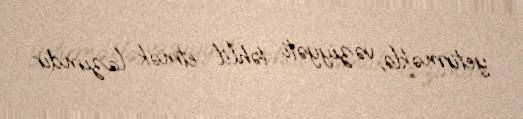
yetirməklə, vəziyyəti təhlil etmək lazımdır.